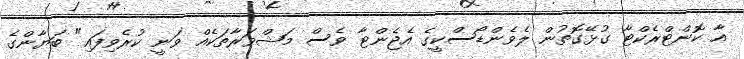
އާ ކޮންޓްރެކްޓާ ގުޅޭގޮތުން ލެވެންޑޯސްކީގެ އެޖެންޓާ ވެސް މަޝްވަރާތަކެއް ވަނީ ކުރެވިފައި" ބަޔާންގެ